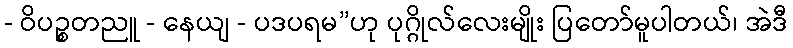
- ဝိပဉ္စတညူ - နေယျ - ပဒပရမ”ဟု ပုဂ္ဂိုလ်လေးမျိုး ပြတော်မူပါတယ်၊ အဲဒီ